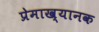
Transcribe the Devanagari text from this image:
प्रेमाख्यानक